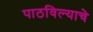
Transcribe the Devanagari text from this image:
पाठविल्याचे